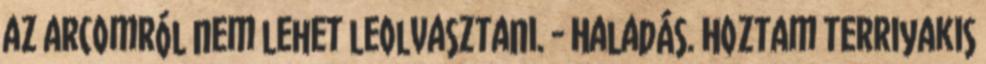
az arcomról nem lehet leolvasztani. - Haladás. Hoztam terriyakis